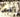
شئ